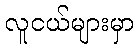
လူငယ်များမှာ